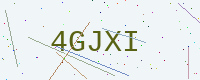
Text: 4GJXI